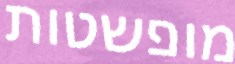
מופשטות